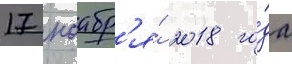
17 ноабр'я́ 2018 го́да